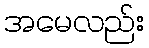
အမေလည်း